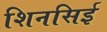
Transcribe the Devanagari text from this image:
शिनसिई